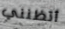
أتظنني